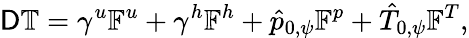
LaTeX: \mathsf{D}\mathbb{T}=\gamma^{u}\mathbb{F}^{u}+\gamma^{h}\mathbb{F}^{h}+\hat{p}_{0,\psi}\mathbb{F}^{p}+\hat{T}_{0,\psi}\mathbb{F}^{T},